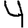
Digit: 4